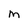
Character: M